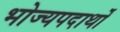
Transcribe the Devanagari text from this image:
भोज्यपदार्थों